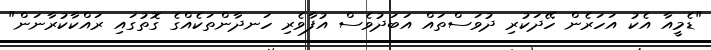
"ޑެމީއާ އެކު އަހަރެން ހޭދަކުރި ދުވަސްތައް އަބަދުވެސް އުފާވެރި ހަނދާންތަކެއްގެ ގޮތުގައި ރައްކާކުރާނަން"